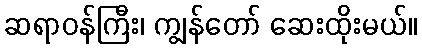
ဆရာဝန်ကြီး၊ ကျွန်တော် ဆေးထိုးမယ်။